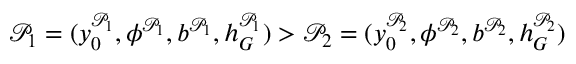
\mathcal { P } _ { 1 } = ( y _ { 0 } ^ { \mathcal { P } _ { 1 } } , \phi ^ { \mathcal { P } _ { 1 } } , b ^ { \mathcal { P } _ { 1 } } , h _ { G } ^ { \mathcal { P } _ { 1 } } ) > \mathcal { P } _ { 2 } = ( y _ { 0 } ^ { \mathcal { P } _ { 2 } } , \phi ^ { \mathcal { P } _ { 2 } } , b ^ { \mathcal { P } _ { 2 } } , h _ { G } ^ { \mathcal { P } _ { 2 } } )